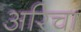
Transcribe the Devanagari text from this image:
अरिचा